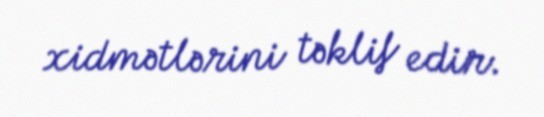
xidmətlərini təklif edir.